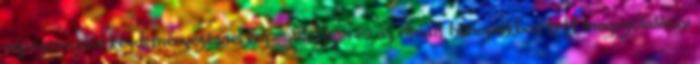
népszavazási kezdeményezéssel kapcsolatban és az elmúlt hónapokban tett megszólalásai